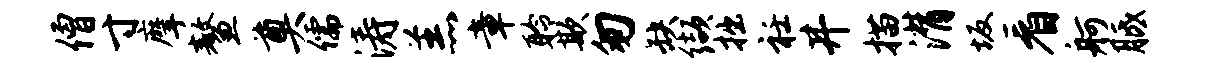
僧寸摩鳌奠儒涛羔章聆欺匆缺缬拙衽井描潸坂看舸胝